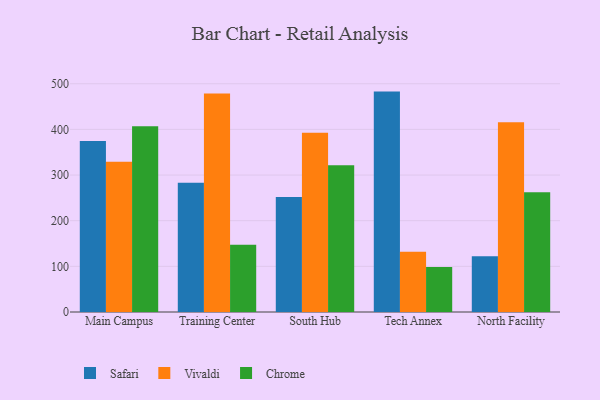
{"axis": {"x": "Campus", "y": "Net Income (USD K)"}, "legend": ["Chrome", "Safari", "Vivaldi"], "data": [{"x": "Main Campus", "y": 374.4, "type": "Safari"}, {"x": "Main Campus", "y": 329.0, "type": "Vivaldi"}, {"x": "Main Campus", "y": 406.7, "type": "Chrome"}, {"x": "Training Center", "y": 283.4, "type": "Safari"}, {"x": "Training Center", "y": 478.7, "type": "Vivaldi"}, {"x": "Training Center", "y": 147.2, "type": "Chrome"}, {"x": "South Hub", "y": 252.0, "type": "Safari"}, {"x": "South Hub", "y": 392.6, "type": "Vivaldi"}, {"x": "South Hub", "y": 321.5, "type": "Chrome"}, {"x": "Tech Annex", "y": 482.8, "type": "Safari"}, {"x": "Tech Annex", "y": 131.8, "type": "Vivaldi"}, {"x": "Tech Annex", "y": 98.4, "type": "Chrome"}, {"x": "North Facility", "y": 122.1, "type": "Safari"}, {"x": "North Facility", "y": 415.9, "type": "Vivaldi"}, {"x": "North Facility", "y": 262.5, "type": "Chrome"}]}